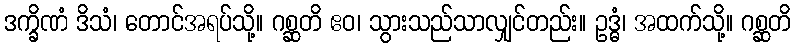
ဒက္ခိဏံ ဒိသံ၊ တောင်အရပ်သို့။ ဂစ္ဆတိ ဧဝ၊ သွားသည်သာလျှင်တည်း။ ဥဒ္ဓံ၊ အထက်သို့။ ဂစ္ဆတိ